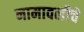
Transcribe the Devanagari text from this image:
नामावलीचे